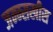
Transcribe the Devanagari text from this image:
जन्म्सखीस